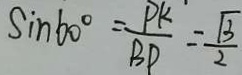
\sin 6 0 ^ { \circ } = \frac { P K } { B P } = \frac { \sqrt { 3 } } { 2 }